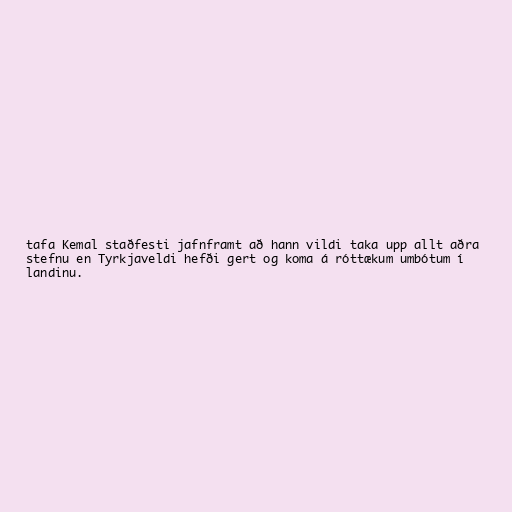
tafa Kemal staðfesti jafnframt að hann vildi taka upp allt aðra
stefnu en Tyrkjaveldi hefði gert og koma á róttækum umbótum í
landinu.